Morphology and life history of Herpetomonas culicis, Novy, MacNeal and Torrey - Number 57
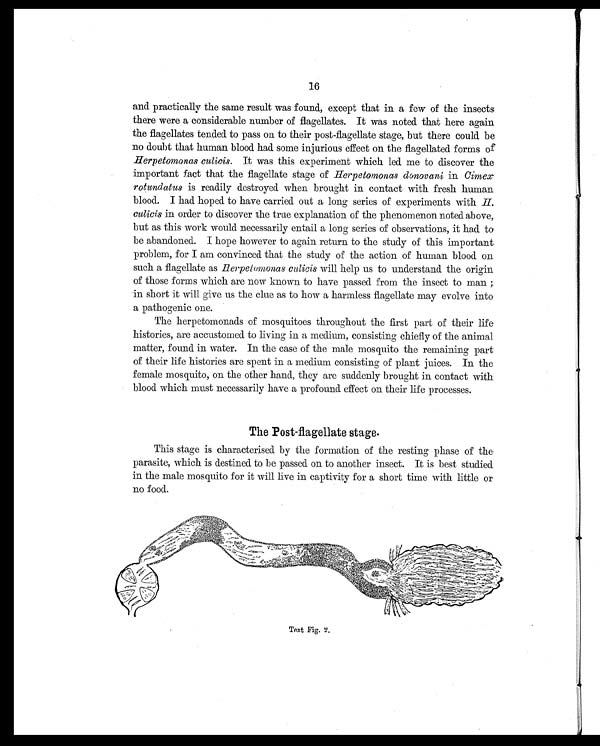
16
and practically the same result was found, except that in a few of the insects
there were a considerable number of flagellates. It was noted that here again
the flagellates tended to pass on to their post-flagellate stage, but there could be
no doubt that human blood had some injurious effect on the flagellated forms of
Herpetomonas culicis. It was this experiment which led me to discover the
important fact that the flagellate stage of Herpetomonas donovani in Cimex
rotundatus is readily destroyed when brought in contact with fresh human
blood. I had hoped to have carried out a long series of experiments with H.
culicis in order to discover the true explanation of the phenomenon noted above,
but as this work would necessarily entail a long series of observations, it had to
be abandoned. I hope however to again return to the study of this important
problem, for I am convinced that the study of the action of human blood on
such a flagellate as Herpetomonas culicis will help us to understand the origin
of those forms which are now known to have passed from the insect to man ;
in short it will give us the clue as to how a harmless flagellate may evolve into
a pathogenic one.
The herpetomonads of mosquitoes throughout the first part of their life
histories, are accustomed to living in a medium, consisting chiefly of the animal
matter, found in water. In the case of the male mosquito the remaining part
of their life histories are spent in a medium consisting of plant juices. In the
female mosquito, on the other hand, they are suddenly brought in contact with
blood which must necessarily have a profound effect on their life processes.
The Post-flagellate stage.
This stage is characterised by the formation of the resting phase of the
parasite, which is destined to be passed on to another insect. It is best studied
in the male mosquito for it will live in captivity for a short time with little or
no food.
Text Fig. 2.